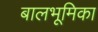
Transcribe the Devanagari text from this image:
बालभूमिका